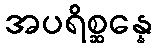
အပရိစ္ဆန္နေ